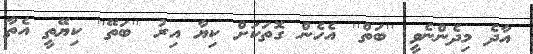
އާދެ މިދެންނެވީ ''ބަތް'' އެހެން ގޮތަކަށް ކިޔާ އިރު ''ބަތޭ'' ކިޔޭތީ އެތާ